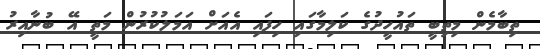
ތިބާމެން މިތިބީ ތައުހީދުގެ ކަލިމާގައި ހިފައި އެއަށް އަމަލުކުރުން މަތީ އޭ ބުނާއިރު